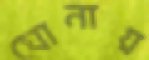
ঘোনায়